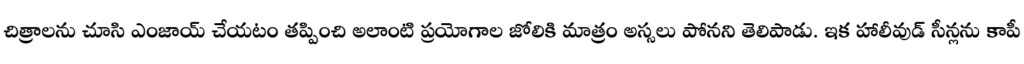
చిత్రాలను చూసి ఎంజాయ్ చేయటం తప్పించి అలాంటి ప్రయోగాల జోలికి మాత్రం అస్సలు పోనని తెలిపాడు. ఇక హాలీవుడ్ సీన్లను కాపీ